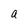
Character: a